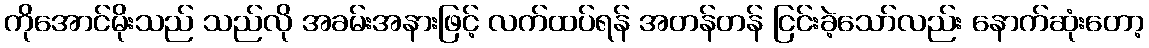
ကိုအောင်မိုးသည် သည်လို အခမ်းအနားဖြင့် လက်ထပ်ရန် အတန်တန် ငြင်းခဲ့သော်လည်း နောက်ဆုံးတော့